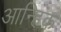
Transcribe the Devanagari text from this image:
आन्हिक